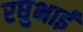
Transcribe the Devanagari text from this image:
रघुभाई